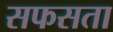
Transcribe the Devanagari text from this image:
सफसता